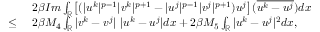
\begin{array} { r l } & { 2 \beta I m \int _ { \mathbb { R } } \left[ ( | u ^ { k } | ^ { p - 1 } | v ^ { k } | ^ { p + 1 } - | u ^ { j } | ^ { p - 1 } | v ^ { j } | ^ { p + 1 } ) u ^ { j } \right] ( \overline { { u ^ { k } - u ^ { j } } } ) d x } \\ { \leq \ } & { 2 \beta M _ { 4 } \int _ { \mathbb { R } } | v ^ { k } - v ^ { j } | \ | u ^ { k } - u ^ { j } | d x + 2 \beta M _ { 5 } \int _ { \mathbb { R } } | u ^ { k } - u ^ { j } | ^ { 2 } d x , } \end{array}